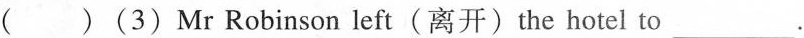
( )(3)Mr Robinson left(离开)the hotel to___.